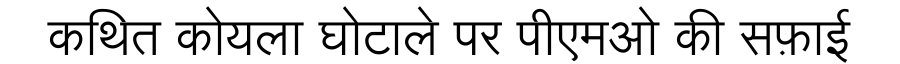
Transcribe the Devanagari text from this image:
कथित कोयला घोटाले पर पीएमओ की सफ़ाई